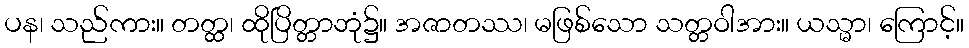
ပန၊ သည်ကား။ တတ္ထ၊ ထိုပြိတ္တာဘုံ၌။ အဇာတဿ၊ မဖြစ်သော သတ္တဝါအား။ ယသ္မာ၊ ကြောင့်။